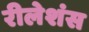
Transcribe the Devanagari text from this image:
रीलेशंस